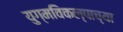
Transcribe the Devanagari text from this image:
युग्मविकल्पाच्या